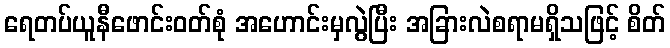
ရေတပ်ယူနီဖောင်းဝတ်စုံ အဟောင်းမှလွဲပြီး အခြားလဲစရာမရှိသဖြင့် စိတ်